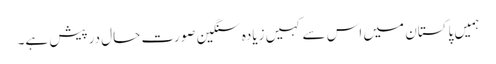
ہمیں پاکستان میں اس سے کہیں زیادہ سنگین صورت حال درپیش ہے۔